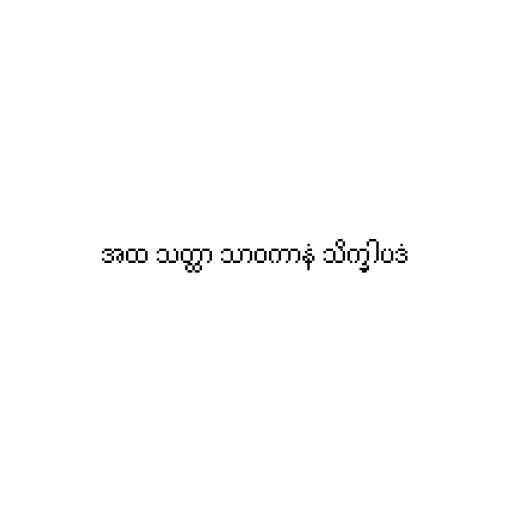
အထ သတ္ထာ သာဝကာနံ သိက္ခါပဒံ